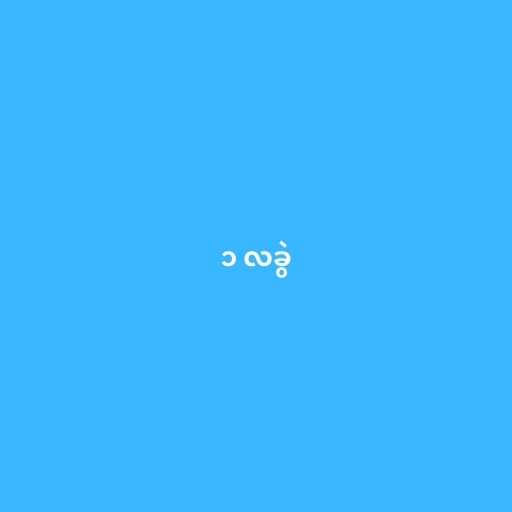
၁ လခွဲ